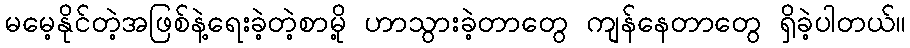
မမေ့နိုင်တဲ့အဖြစ်နဲ့ရေးခဲ့တဲ့စာမို့ ဟာသွားခဲ့တာတွေ ကျန်နေတာတွေ ရှိခဲ့ပါတယ်။